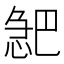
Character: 𪬎